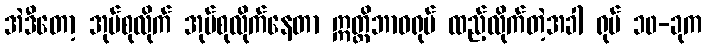
အဲဒီတော့ အုပ်စုလိုက် အုပ်စုလိုက်နေတာ ဣတ္ထိဘာဝရုပ် ထည့်လိုက်တဲ့အခါ ရုပ် ၁၀-ခုက